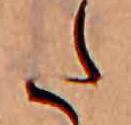
た